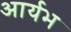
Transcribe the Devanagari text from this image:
आर्यभ